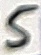
Text: 5